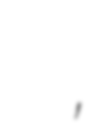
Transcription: גִּבְעוֹת בַּר,